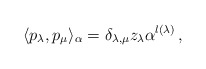
\begin{align*}\langle p_{\lambda}, p_{\mu} \rangle_\alpha = \delta_{\lambda,\mu} z_{\lambda}\alpha^{l(\lambda)}\, ,\end{align*}